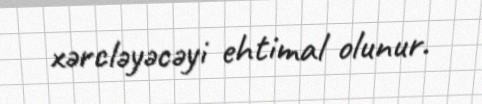
xərcləyəcəyi ehtimal olunur.